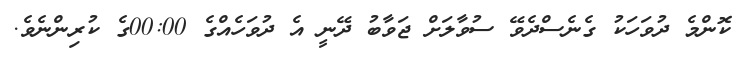
ކޮންމެ ދުވަހަކު ގެނެސްދެވޭ ސުވާލަށް ޖަވާބު ދޭނީ އެ ދުވަހެއްގެ 00:00ގެ ކުރިންނެެވެ.